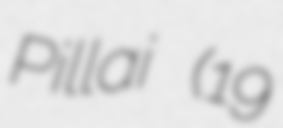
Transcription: Pillai (19